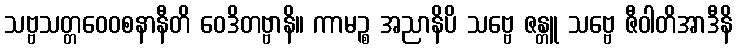
သဗ္ဗသတ္တဝေဝစနာနီတိ ဝေဒိတဗ္ဗာနိ။ ကာမဉ္စ အညာနိပိ သဗ္ဗေ ဇန္တူ သဗ္ဗေ ဇီဝါတိအာဒီနိ